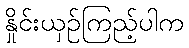
နှိုင်းယှဉ်ကြည့်ပါက